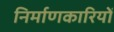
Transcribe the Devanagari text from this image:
निर्माणकारियों